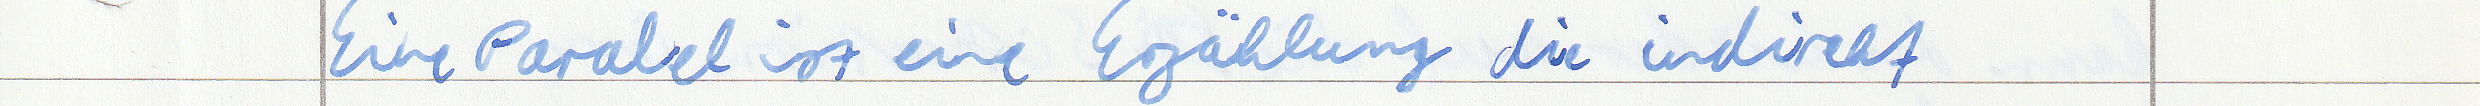
Eine Parabel ist eine Erzählung die indirekt